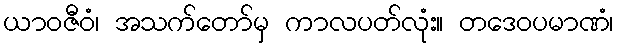
ယာဝဇီဝံ၊ အသက်တော်မှ ကာလပတ်လုံး။ တဒေဝပမာဏံ၊